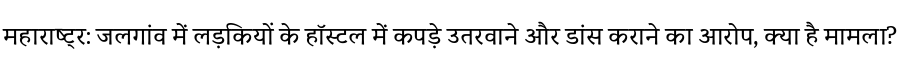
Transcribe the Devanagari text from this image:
महाराष्ट्र: जलगांव में लड़कियों के हॉस्टल में कपड़े उतरवाने और डांस कराने का आरोप, क्या है मामला?